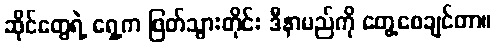
ဆိုင်တွေရဲ့ ရှေ့က ဖြတ်သွားတိုင်း ဒီနာမည်ကို တွေ့စေချင်တာ။